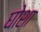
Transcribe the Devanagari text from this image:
घोशा